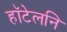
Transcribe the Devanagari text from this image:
हॉटेलनि